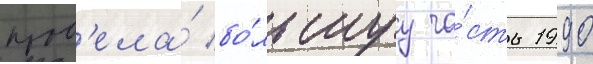
пров'ела́ бо́льшуу ча́сть 1990